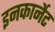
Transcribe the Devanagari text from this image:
इनकार्नेट